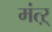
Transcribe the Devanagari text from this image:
मंत्ऱ्